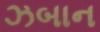
ઝબાન